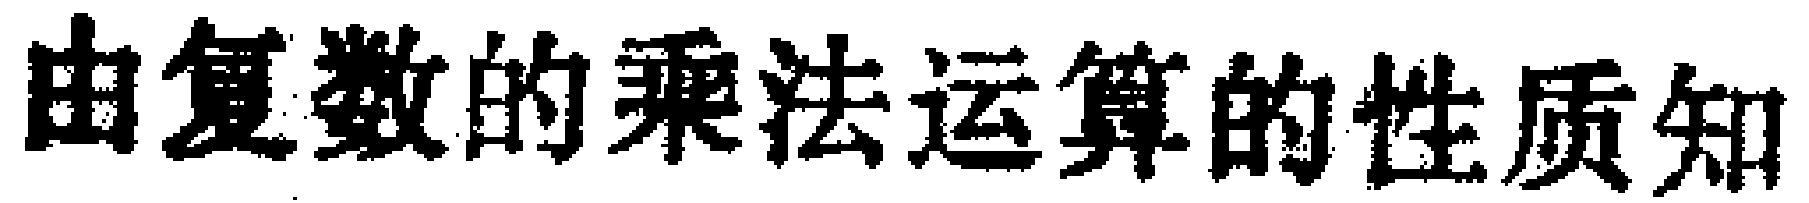
由复数的乘法运算的性质知